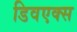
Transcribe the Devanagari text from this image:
डिवएक्स